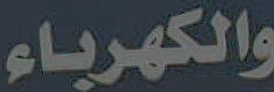
والكهرباء